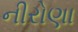
નીરોણા